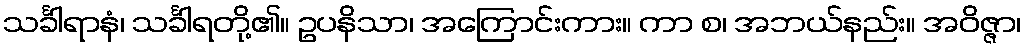
သင်္ခါရာနံ၊ သင်္ခါရတို့၏။ ဥပနိသာ၊ အကြောင်းကား။ ကာ စ၊ အဘယ်နည်း။ အဝိဇ္ဇာ၊